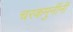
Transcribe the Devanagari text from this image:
चरकमुनींनी